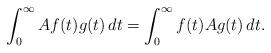
LaTeX: \begin{align*}\int_0^\infty Af(t)g(t)\,dt=\int_0^\infty f(t)Ag(t)\,dt.\end{align*}